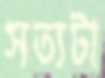
সত্যটা